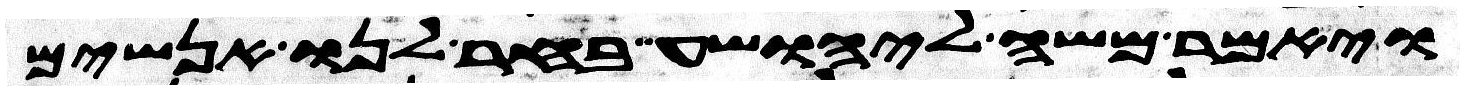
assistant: ויאמר משה ליהושע בחר לנו אנשים